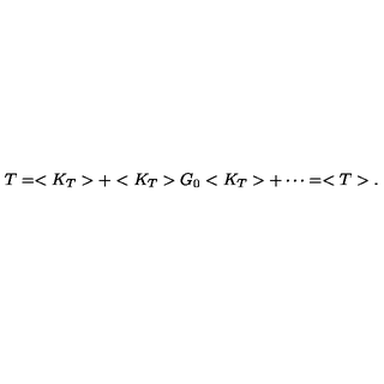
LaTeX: T = < K _ { T } > + < K _ { T } > G _ { 0 } < K _ { T } > + \cdots = < T > .